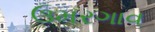
ઉમરગાવ